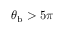
\theta _ { \mathrm { b } } > 5 \pi